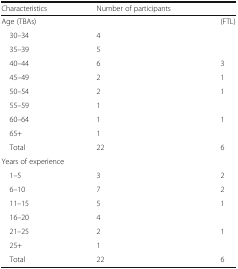
| Characteristics | Number of participants |  |
 | --- | --- | --- |
 | Age (TBAs) |  | (FTL) |
 | 30–34 | 4 |  |
 | 35–39 | 5 |  |
 | 40–44 | 6 | 3 |
 | 45–49 | 2 | 1 |
 | 50–54 | 2 | 1 |
 | 55–59 | 1 |  |
 | 60–64 | 1 | 1 |
 | 65+ | 1 |  |
 | Total | 22 | 6 |
 | <COLSPAN=3> Years of experience |
 | 1–5 | 3 | 2 |
 | 6–10 | 7 | 2 |
 | 11–15 | 5 | 1 |
 | 16–20 | 4 |  |
 | 21–25 | 2 | 1 |
 | 25+ | 1 |  |
 | Total | 22 | 6 |